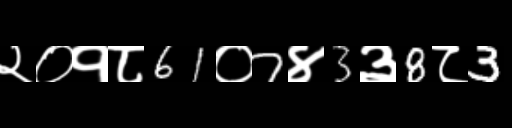
Text: २०१८61०7४3३8८3